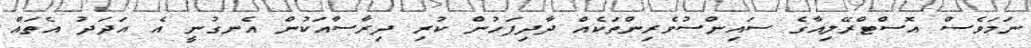
ނަމަވެސް އޮސްޓްރޭލިއާގެ ސައިންސުވެރިންތަކެއް ދާދިފަހުން ކުރި ދިރާސާއަކުން އެނގުނީ އެ އަދަދު އެތައް